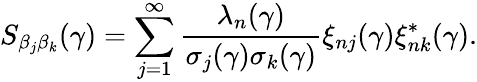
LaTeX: S_{\beta_{j}\beta_{k}}(\gamma)=\sum_{j=1}^{\infty}\frac{\lambda_{n}(\gamma)}{\sigma_{j}(\gamma)\sigma_{k}(\gamma)}\xi_{nj}(\gamma)\xi_{nk}^{*}(\gamma).